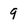
Character: 9